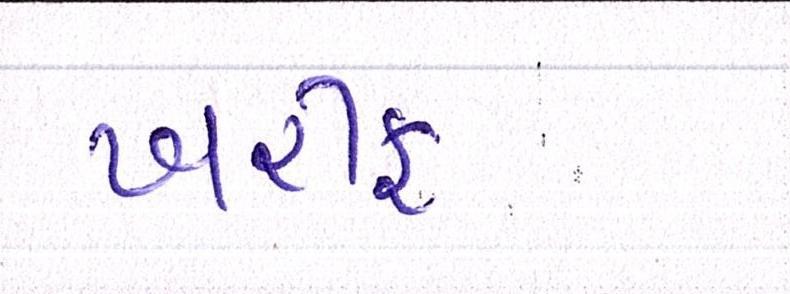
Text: ખરીફ